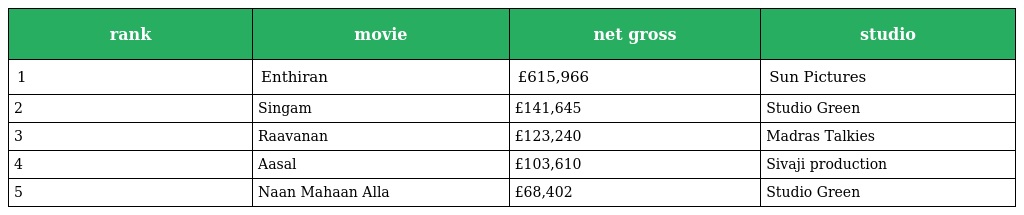
| rank | movie | net gross | studio |
 | --- | --- | --- | --- |
 | 1 | Enthiran | £615,966 | Sun Pictures |
 | 2 | Singam | £141,645 | Studio Green |
 | 3 | Raavanan | £123,240 | Madras Talkies |
 | 4 | Aasal | £103,610 | Sivaji production |
 | 5 | Naan Mahaan Alla | £68,402 | Studio Green |